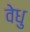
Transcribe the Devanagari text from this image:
वेधु